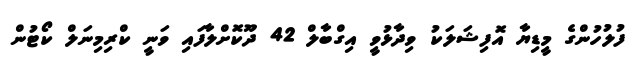
ފުލުހުންގެ މީޑިޔާ އޮފިޝަލަކު ވިދާޅުވީ އިގްބާލް 42 ދޫކޮށްލާފައި ވަނީ ކްރިމިނަލް ކޯޓުން